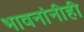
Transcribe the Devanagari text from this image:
भावनांनीही